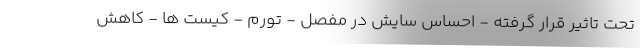
تحت تاثیر قرار گرفته - احساس سایش در مفصل - تورم - کیست ها - کاهش